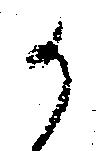
か